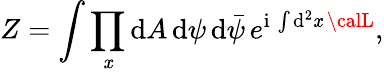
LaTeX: Z=\int\prod_{\mathit{x}}\mathrm{{d}}A\, \mathrm{{d}}\psi\, \mathrm{{d}}{\bar{{\psi}}}\, e^{\mathrm{{i}}\, \int\mathrm{{d}}^{2}\mathit{x}\, {\calL}},